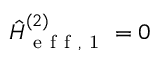
\hat { H } _ { \mathrm { ~ e ~ f ~ f ~ , ~ 1 ~ } } ^ { ( 2 ) } = 0